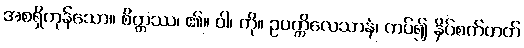
အစရှိကုန်သော။ စိတ္တဿ၊ ၏။ ဝါ၊ ကို။ ဥပက္ကိလေသာနံ၊ ကပ်၍ နှိပ်စက်တတ်